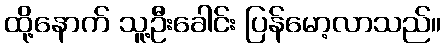
ထို့နောက် သူ့ဦးခေါင်း ပြန်မော့လာသည်။